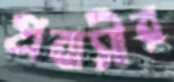
প্রবাসীর